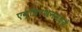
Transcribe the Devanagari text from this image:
एव्हिएशनमध्ये